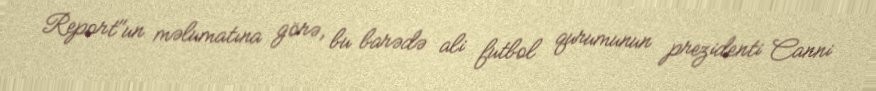
Report"un məlumatına görə, bu barədə ali futbol qurumunun prezidenti Canni